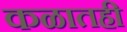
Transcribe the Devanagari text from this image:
कळातही